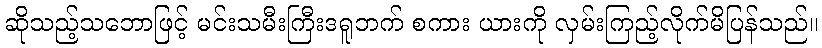
ဆိုသည့်သဘောဖြင့် မင်းသမီးကြီးဒရူဘက် စကား ယားကို လှမ်းကြည့်လိုက်မိပြန်သည်။